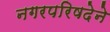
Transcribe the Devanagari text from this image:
नगरपरिषदेने